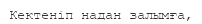
Кектеніп надан залымға,